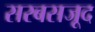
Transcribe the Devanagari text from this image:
सरबसजूद